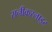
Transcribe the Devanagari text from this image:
सनीकरलाइट